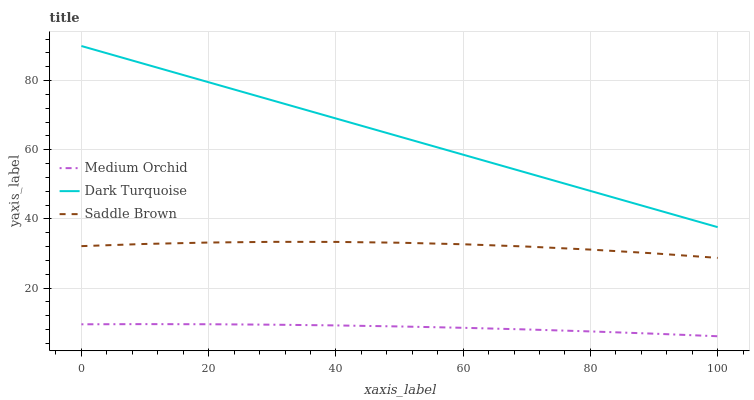
| xaxis_label | Medium Orchid | Dark Turquoise | Saddle Brown |
 | --- | --- | --- | --- |
 | 0 | 9.51 | 90 | 32.1 |
 | 10 | 9.56 | 84.8 | 32.7 |
 | 20 | 9.52 | 79.5 | 33.2 |
 | 30 | 9.4 | 74.3 | 33.4 |
 | 40 | 9.18 | 69 | 33.3 |
 | 50 | 8.88 | 63.8 | 33.1 |
 | 60 | 8.49 | 58.6 | 32.7 |
 | 70 | 8.01 | 53.3 | 32 |
 | 80 | 7.45 | 48.1 | 31.1 |
 | 90 | 6.79 | 42.8 | 30 |
 | 100 | 6.05 | 37.6 | 28.7 |